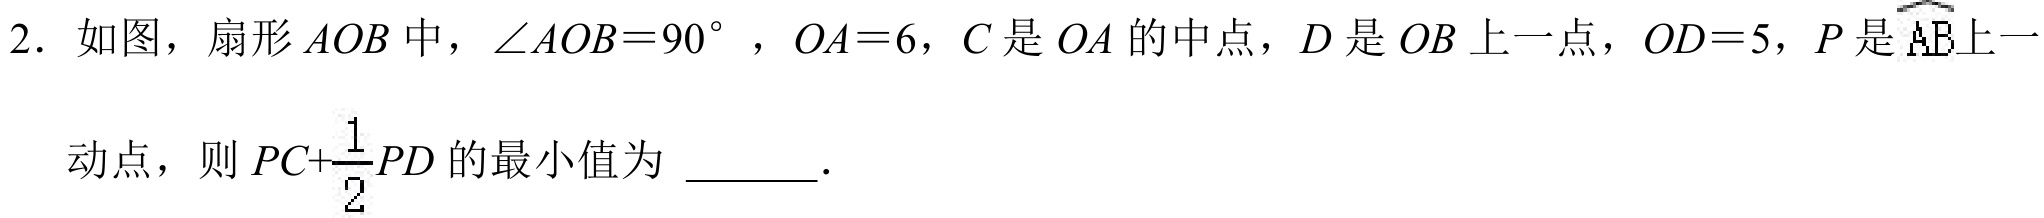
2. 如图，扇形\(AOB\)中，\(\angle AOB = 90^{\circ}\)，\(OA = 6\)，\(C\)是\(OA\)的中点，\(D\)是\(OB\)上一点，\(OD = 5\)，\(P\)是\(\overset{\frown}{AB}\)上一
动点，则\(PC+\dfrac{1}{2}PD\)的最小值为  ．